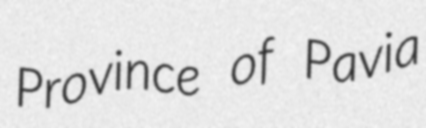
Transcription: Province of Pavia